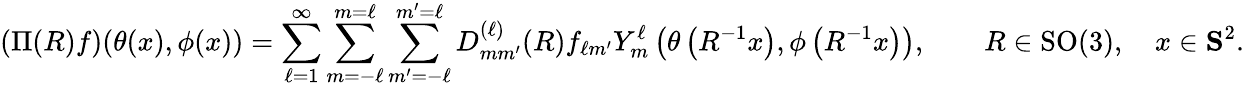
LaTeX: (\Pi(R)f)(\theta(x),\phi(x))=\sum_{\ell=1}^{\infty}\sum_{m=-\ell}^{m=\ell}\sum_{m^{\prime}=-\ell}^{m^{\prime}=\ell}D_{mm^{\prime}}^{(\ell)}(R)f_{\ell m^{\prime}}Y_{m}^{\ell}\left(\theta\left(R^{-1}x\right),\phi\left(R^{-1}x\right)\right),\qquad R\in\operatorname{SO}(3),\quad x\in\mathbf{S}^{2}.